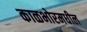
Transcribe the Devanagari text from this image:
काळभोरमधील